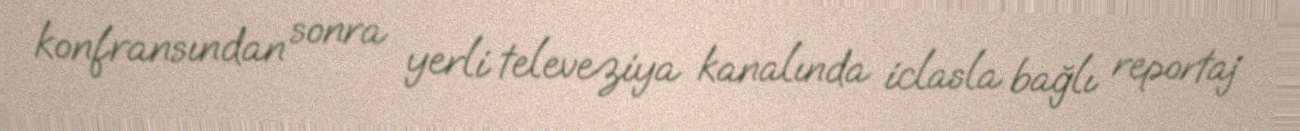
konfransından sonra yerli televeziya kanalında iclasla bağlı reportaj